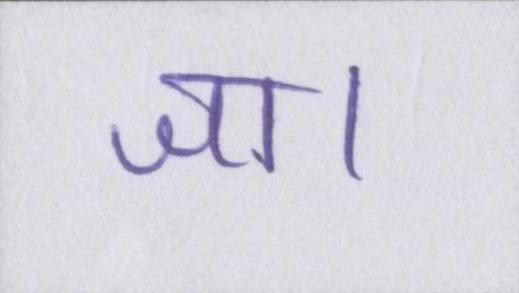
जा।